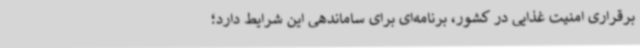
برقراری امنیت غذایی در کشور، برنامه‌ای برای ساماندهی این شرایط دارد؛